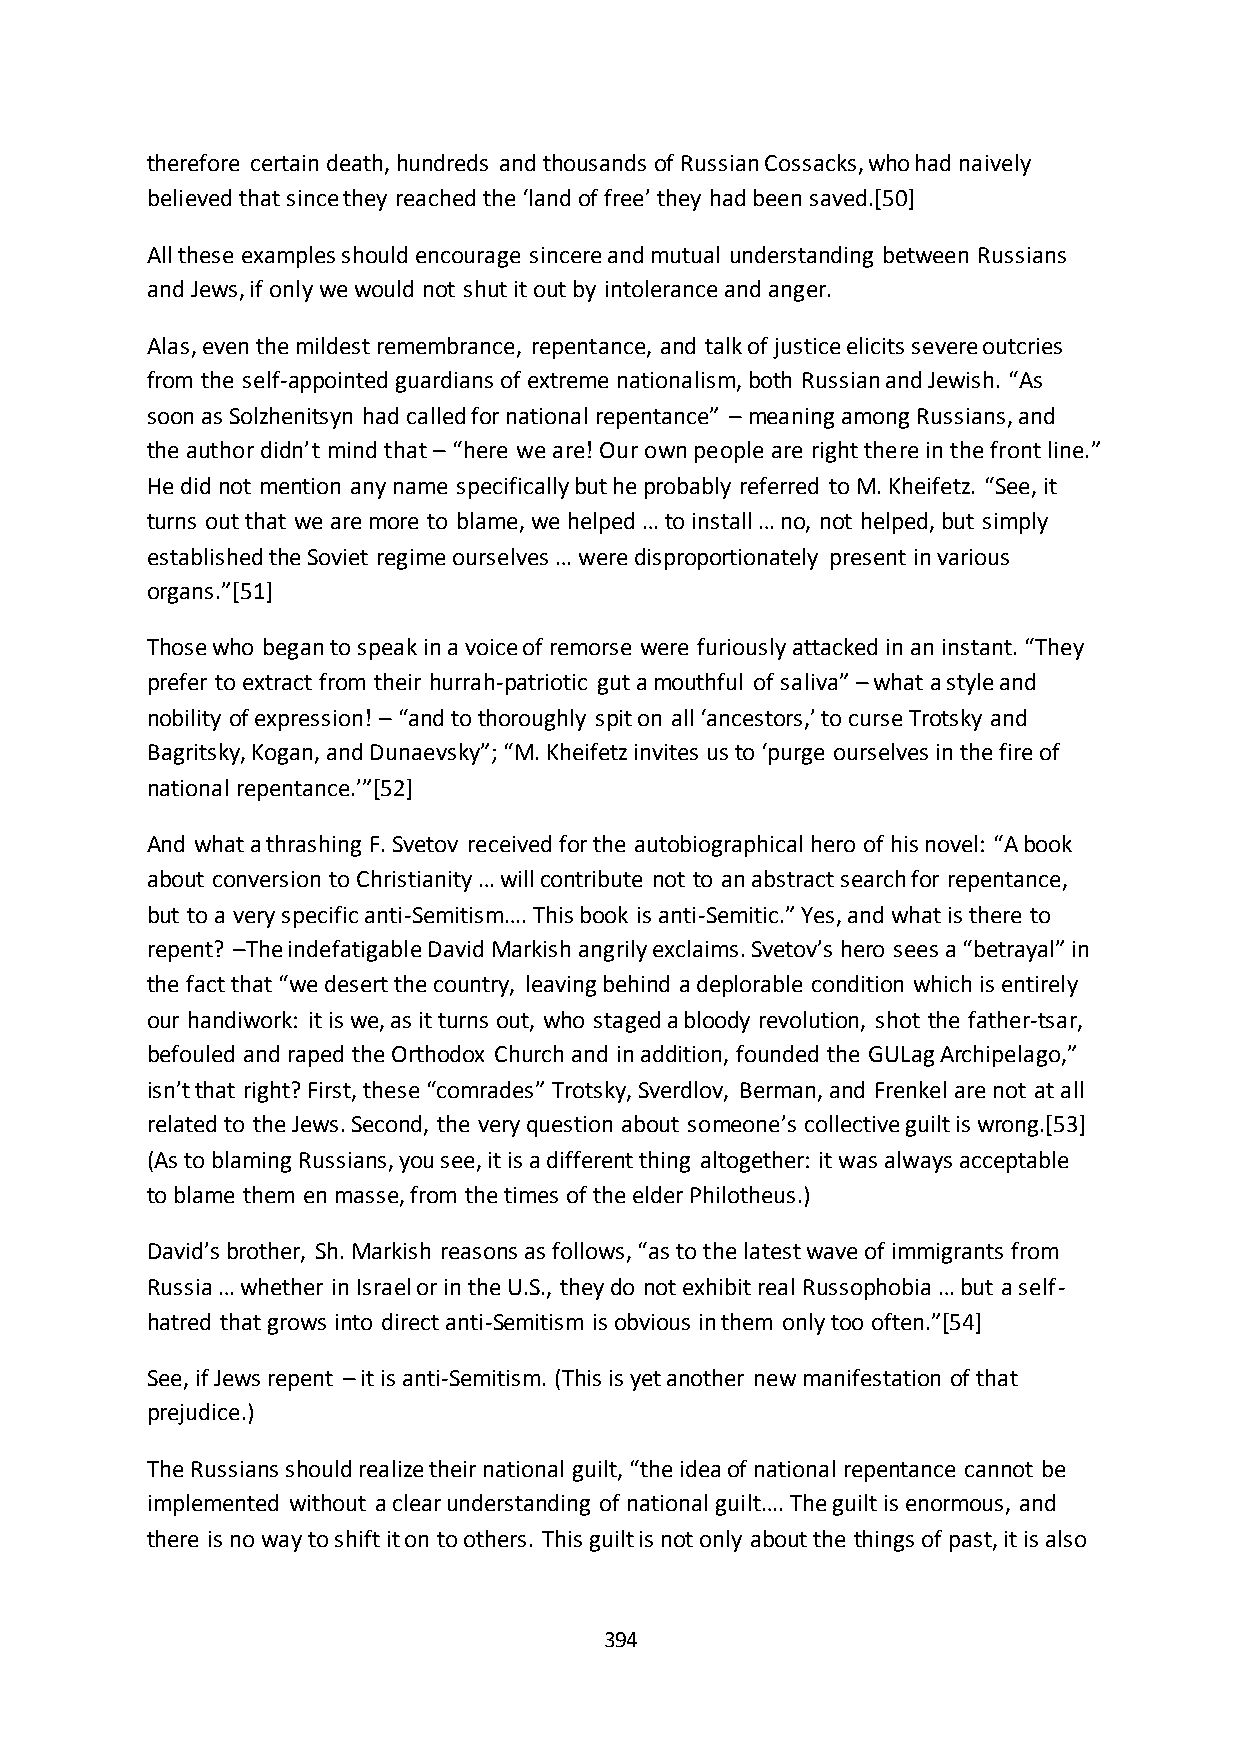
therefore certain death, hundreds and thousands of Russian Cossacks, who had naively
 believed that since they reached the ‘land of free’ they had been saved.*50+
 All these examples should encourage sincere and mutual understanding between Russians
 and Jews, if only we would not shut it out by intolerance and anger.
 Alas, even the mildest remembrance, repentance, and talk of justice elicits severe outcries
 from the self-appointed guardians of extreme nationalism, both Russian and Jewish. “As
 soon as Solzhenitsyn had called for national repentance” – meaning among Russians, and
 the author didn’t mind that – “here we are! Our own people are right there in the front line.”
 He did not mention any name specifically but he probably referred to M. Kheifetz. “See, it
 turns out that we are more to blame, we helped … to install … no, not helped, but simply
 established the Soviet regime ourselves … were disproportionately present in various
 organs.”*51+
 Those who began to speak in a voice of remorse were furiously attacked in an instant. “They
 prefer to extract from their hurrah-patriotic gut a mouthful of saliva” – what a style and
 nobility of expression! – “and to thoroughly spit on all ‘ancestors,’ to curse Trotsky and
 Bagritsky, Kogan, and Dunaevsky”; “M. Kheifetz invites us to ‘purge ourselves in the fire of
 national repentance.’”*52+
 And what a thrashing F. Svetov received for the autobiographical hero of his novel: “A book
 about conversion to Christianity … will contribute not to an abstract search for repentance,
 but to a very specific anti-Semitism…. This book is anti-Semitic.” Yes, and what is there to
 repent? –The indefatigable David Markish angrily exclaims. Svetov’s hero sees a “betrayal” in
 the fact that “we desert the country, leaving behind a deplorable condition which is entirely
 our handiwork: it is we, as it turns out, who staged a bloody revolution, shot the father-tsar,
 befouled and raped the Orthodox Church and in addition, founded the GULag Archipelago,”
 isn’t that right? First, these “comrades” Trotsky, Sverdlov, Berman, and Frenkel are not at all
 related to the Jews. Second, the very question about someone’s collective guilt is wrong.*53+
 (As to blaming Russians, you see, it is a different thing altogether: it was always acceptable
 to blame them en masse, from the times of the elder Philotheus.)
 David’s brother, Sh. Markish reasons as follows, “as to the latest wave of immigrants from
 Russia … whether in Israel or in the U.S., they do not exhibit real Russophobia … but a self-
 hatred that grows into direct anti-Semitism is obvious in them only too often.”*54+
 See, if Jews repent – it is anti-Semitism. (This is yet another new manifestation of that
 prejudice.)
 The Russians should realize their national guilt, “the idea of national repentance cannot be
 implemented without a clear understanding of national guilt…. The guilt is enormous, and
 there is no way to shift it on to others. This guilt is not only about the things of past, it is also
 394